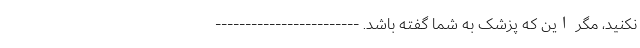
نکنید، مگر این که پزشک به شما گفته باشد. ------------------------